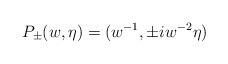
LaTeX: \begin{align*}P_{\pm}(w, \eta) = (w^{-1}, \pm iw^{-2} \eta)\end{align*}